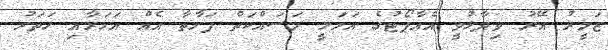
ޒަމީރު އޭރު ވިދާޅުވީ އެއާޕޯޓުގެ އަމަލީ މަސައްކަތް ފަށާތާ އެއް އަހަރާއި ހަތަރު